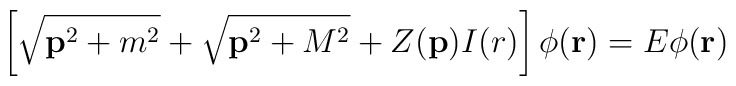
\left[\sqrt {{\bf p}^2+m^2}+\sqrt {{\bf p}^2+M^2}+Z({\bf p})I(r)\right]\phi ({\bf r})=E\phi ({\bf r})